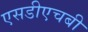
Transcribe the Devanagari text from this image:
एसडीएचबी